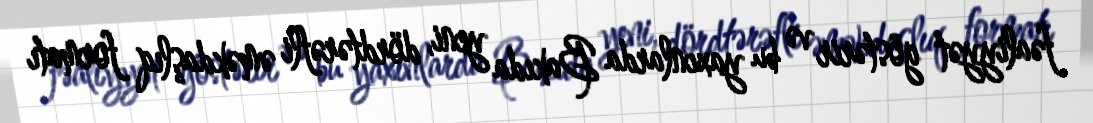
fəaliyyət göstərir və bu yaxınlarda Bakıda yeni, dördtərəfli əməkdaşlıq formatı